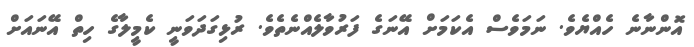
އޮންނާނެ ހެއްޔެވެ. ނަމަވެސް އެކަމަށް އޭނަގެ ފަރުވާލެއްނެތެވެ. ރުޅިގަދަވަނީ ކެމީލާގެ ހިތް އޭނައަށް